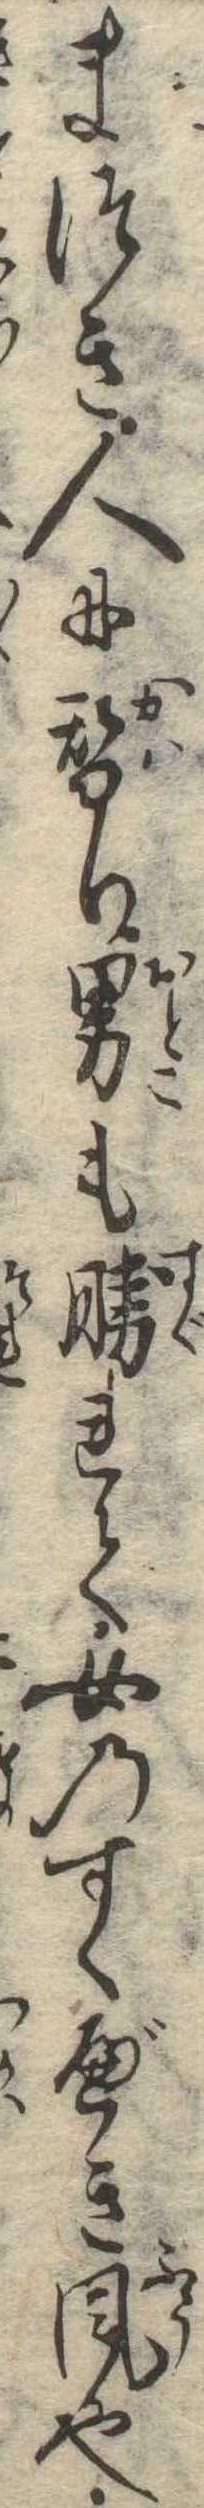
まつき人に替り男も勝れて女のすくべき風也